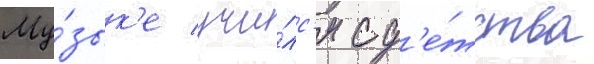
Му́зык'е учи́лс'я с д'е́тства